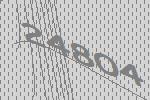
24804